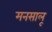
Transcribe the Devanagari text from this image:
मनसालू